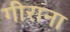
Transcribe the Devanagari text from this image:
गीराना